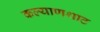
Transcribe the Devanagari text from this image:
कल्याणथाट